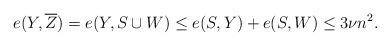
LaTeX: \begin{align*} e(Y, \overline{Z}) = e(Y, S \cup W) \leq e(S,Y) + e(S,W) \leq 3\nu n^2.\end{align*}